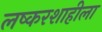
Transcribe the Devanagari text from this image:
लष्करशाहीला